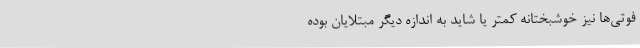
فوتی‌ها نیز خوشبختانه کمتر یا شاید به اندازه‌ دیگر مبتلایان بوده‌